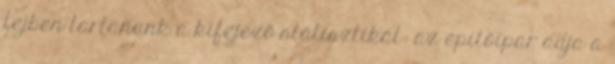
fejben tartanunk a kifejező statisztikát: az építőipar adja a